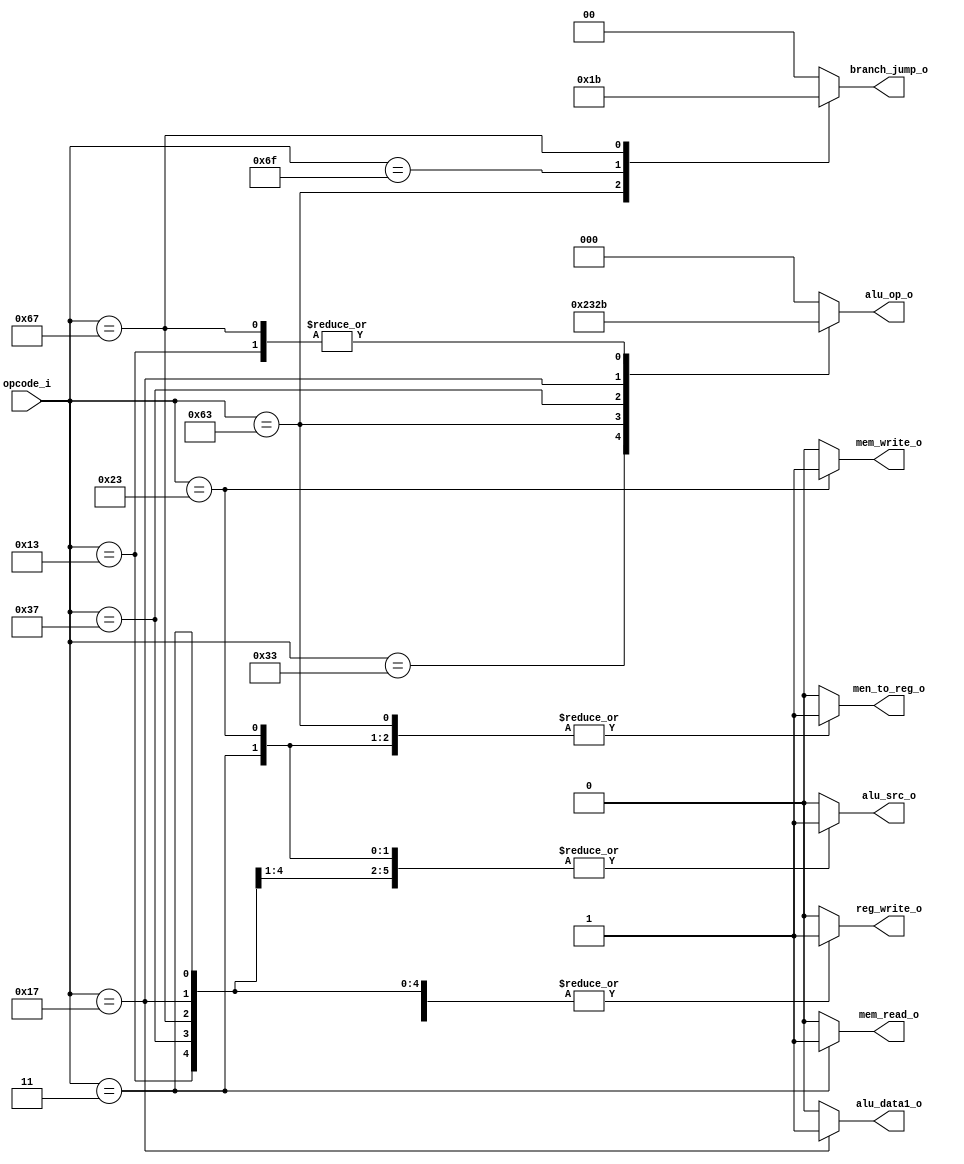
`define OPCODE_R        7'b0110011
`define OPCODE_I        7'b0010011
`define OPCODE_L        7'b0000011
`define OPCODE_S        7'b0100011
`define OPCODE_B        7'b1100011
`define OPCODE_LUI      7'b0110111
`define OPCODE_AUIPC    7'b0010111
`define OPCODE_JAL      7'b1101111
`define OPCODE_JALR     7'b1100111

module control
(opcode_i,
reg_write_o,
alu_op_o,
alu_src_o,
alu_data1_o,
mem_write_o,
mem_read_o,
men_to_reg_o,
branch_jump_o
);

    input [6:0] opcode_i;
    output reg reg_write_o;
    output reg [2:0] alu_op_o;
    output reg alu_src_o;
    output reg alu_data1_o;
    output reg mem_write_o;
    output reg mem_read_o;
    output reg men_to_reg_o;
    output reg [1:0] branch_jump_o;

    always @(*) begin
        case(opcode_i)
            `OPCODE_R : begin
                reg_write_o     = 1'b1; 
                alu_op_o        = 3'b010; 
                alu_src_o       = 1'b0; 
                alu_data1_o     = 1'b0; 
                mem_write_o     = 1'b0; 
                mem_read_o      = 1'b0; 
                men_to_reg_o    = 1'b0;
                branch_jump_o   = 2'b00; 
            end
            `OPCODE_I : begin
                reg_write_o     = 1'b1;
                alu_op_o        = 3'b011;
                alu_src_o       = 1'b1;
                alu_data1_o     = 1'b0;
                mem_write_o     = 1'b0;
                mem_read_o      = 1'b0;
                men_to_reg_o    = 1'b0;
                branch_jump_o   = 2'b00;
            end
            `OPCODE_L : begin
                reg_write_o     = 1'b1;
                alu_op_o        = 3'b000;
                alu_src_o       = 1'b1;
                alu_data1_o     = 1'b0;
                mem_write_o     = 1'b0;
                mem_read_o      = 1'b1;
                men_to_reg_o    = 1'b1;
                branch_jump_o   = 2'b00;
            end
            `OPCODE_S : begin
                reg_write_o     = 1'b0;
                alu_op_o        = 3'b000;
                alu_src_o       = 1'b1;
                alu_data1_o     = 1'b0;
                mem_write_o     = 1'b1;
                mem_read_o      = 1'b0;
                men_to_reg_o    = 1'b1;
                branch_jump_o   = 2'b00;
            end
            `OPCODE_B : begin
                reg_write_o     = 1'b0;
                alu_op_o        = 3'b001;
                alu_src_o       = 1'b0;
                alu_data1_o     = 1'b0;
                mem_write_o     = 1'b0;
                mem_read_o      = 1'b0;
                men_to_reg_o    = 1'b1;
                branch_jump_o   = 2'b01;
            end
            `OPCODE_LUI : begin
                reg_write_o     = 1'b1;
                alu_op_o        = 3'b100;
                alu_src_o       = 1'b1;
                alu_data1_o     = 1'b0;
                mem_write_o     = 1'b0;
                mem_read_o      = 1'b0;
                men_to_reg_o    = 1'b0;
                branch_jump_o   = 2'b00;
            end
            `OPCODE_AUIPC : begin
                reg_write_o     = 1'b1;
                alu_op_o        = 3'b101;
                alu_src_o       = 1'b1;
                alu_data1_o     = 1'b1;
                mem_write_o     = 1'b0;
                mem_read_o      = 1'b0;
                men_to_reg_o    = 1'b0;
                branch_jump_o   = 2'b00;
            end
            `OPCODE_JAL : begin
                reg_write_o     = 1'b1; 
                alu_op_o        = 3'b000; 
                alu_src_o       = 1'b0; 
                alu_data1_o     = 1'b0; 
                mem_write_o     = 1'b0; 
                mem_read_o      = 1'b0; 
                men_to_reg_o    = 1'b0; 
                branch_jump_o   = 2'b10;  
            end
            `OPCODE_JALR : begin
                reg_write_o     = 1'b1; 
                alu_op_o        = 3'b011; 
                alu_src_o       = 1'b1; 
                alu_data1_o     = 1'b0; 
                mem_write_o     = 1'b0; 
                mem_read_o      = 1'b0; 
                men_to_reg_o    = 1'b0; 
                branch_jump_o   = 2'b11;  
            end
            default : begin
                reg_write_o     = 1'b0;
                alu_op_o        = 3'b000;
                alu_src_o       = 1'b0;
                alu_data1_o     = 1'b0;
                mem_write_o     = 1'b0;
                mem_read_o      = 1'b0;
                men_to_reg_o    = 1'b0;
                branch_jump_o   = 2'b00;
            end
        endcase
    end
    
endmodule